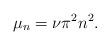
LaTeX: \begin{align*} \mu_n = \nu \pi^2 n^2 .\end{align*}